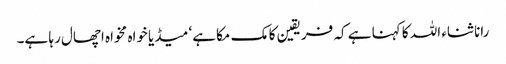
رانا ثناء اللہ کا کہنا ہے کہ فریقین کا مک مکا ہے‘ میڈیا خواہ مخواہ اچھال رہا ہے۔